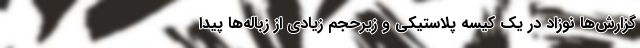
گزارش‌ها نوزاد در یک کیسه پلاستیکی و زیرحجم زیادی از زباله‌ها پیدا